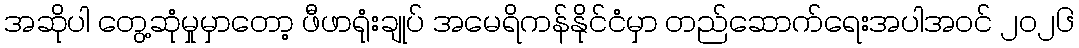
အဆိုပါ တွေ့ဆုံမှုမှာတော့ ဖီဖာရုံးချုပ် အမေရိကန်နိုင်ငံမှာ တည်ဆောက်ရေးအပါအဝင် ၂၀၂၆